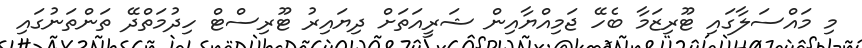
މި މައްސަލާގައި ޓޫރިޒަމާ ބެހޭ ޖަމިއްޔާއިން ޝަރީއަތަށް ދިޔައިރު ޓޫރިސްޓް ހިދުމަތްދޭ ތަންތަނުގައި